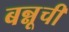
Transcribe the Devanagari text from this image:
बन्नूची